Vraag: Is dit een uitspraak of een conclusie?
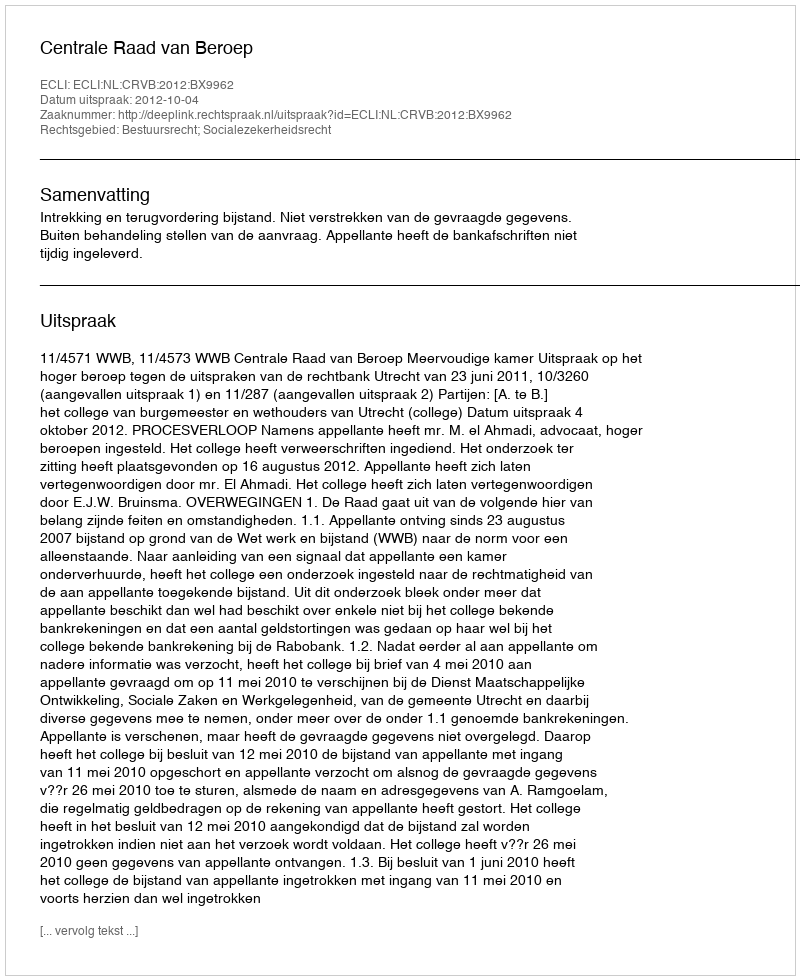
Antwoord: Uitspraak